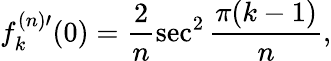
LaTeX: f_{k}^{(n)\prime}(0)=\frac{2}{n}\sec^{2}\frac{\pi(k-1)}{n},